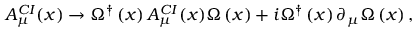
A _ { \mu } ^ { C I } ( x ) \rightarrow \Omega ^ { \dagger } \left( x \right) A _ { \mu } ^ { C I } ( x ) \Omega \left( x \right) + i \Omega ^ { \dagger } \left( x \right) \partial _ { \mu } \Omega \left( x \right) ,